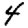
Digit: 4